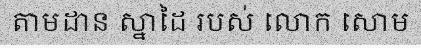
តាមដាន ស្នាដៃ របស់ លោក សោម